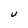
Character: U